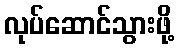
လုပ်ဆောင်သွားဖို့